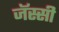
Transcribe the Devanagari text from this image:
जॅस्सी